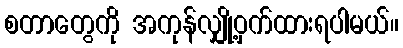
စတာတွေကို အကုန်လျှို့ဝှက်ထားရပါမယ်။